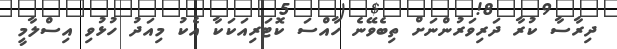
ދިރާސާ ކުރާ ދަރިވަރުންނަށް ތިބެވޭނެ ހާއްސަ ކޮޓަރިއަކަކާ އެކު މިއަދު ހުޅުވި އިސްލާމީ